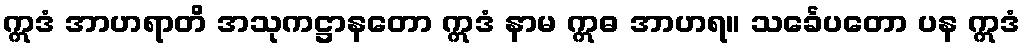
ဣဒံ အာဟရာတိ အသုကဋ္ဌာနတော ဣဒံ နာမ ဣဓ အာဟရ။ သင်္ခေပတော ပန ဣဒံ